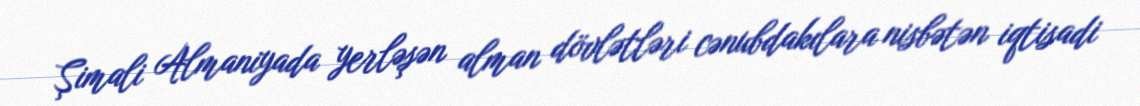
Şimali Almaniyada yerləşən alman dövlətləri cənubdakılara nisbətən iqtisadi